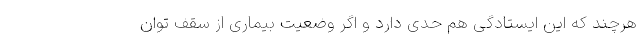
هرچند که این ایستادگی هم حدی دارد و اگر وضعیت بیماری از سقف توان